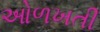
ઓળખતી